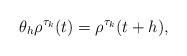
LaTeX: \begin{align*}\theta_{h}\rho^{\tau_{k}}(t)=\rho^{\tau_{k}}(t+h),\end{align*}